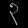
Digit: ၃